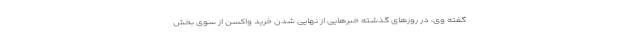
گفته وی، در روزهای گذشته خبرهایی از نهایی شدن خرید واکسن از سوی بخش